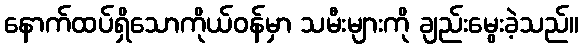
နောက်ထပ်ရှိသောကိုယ်ဝန်မှာ သမီးများကို ချည်းမွေးခဲ့သည်။